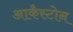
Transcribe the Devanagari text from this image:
आर्कंस्टोन